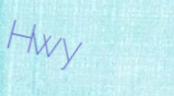
Hwy